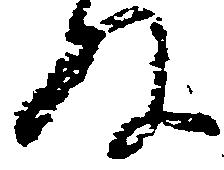
ね